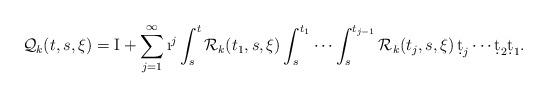
LaTeX: \begin{align*} \mathcal Q_k(t,s,\xi) = \mathrm I + \sum_{j=1}^\infty \i^j \int_s^t \mathcal R_k(t_1,s,\xi)\int_{s}^{t_1} \cdots \int_s^{t_{j-1}} \mathcal R_k(t_j,s,\xi)\, \d t_j \cdots \d t_2 \d t_1. \end{align*}